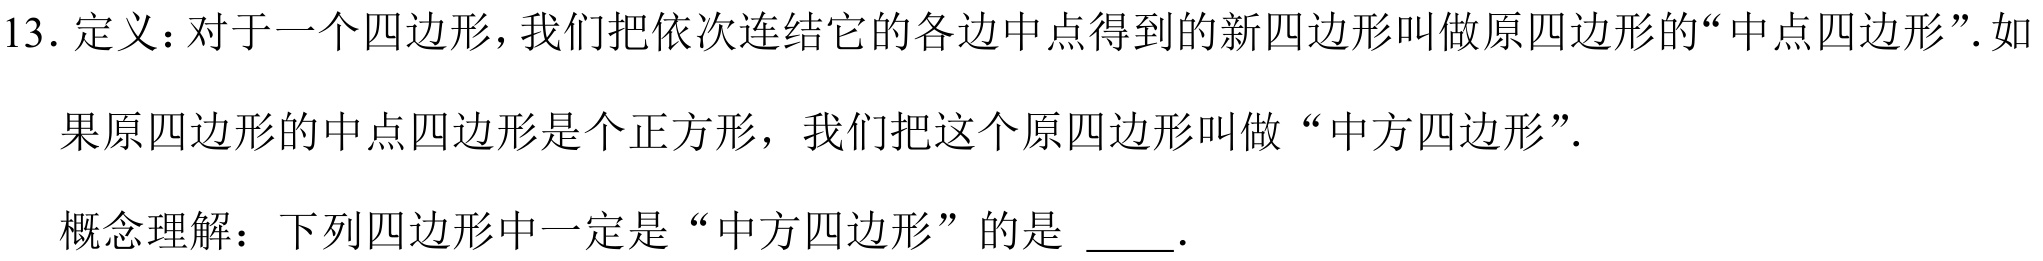
13. 定义：对于一个四边形，我们把依次连结它的各边中点得到的新四边形叫做原四边形的“中点四边形”. 如
果原四边形的中点四边形是个正方形，我们把这个原四边形叫做“中方四边形”.
概念理解：下列四边形中一定是“中方四边形”的是 \_\_\_.